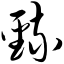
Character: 巯